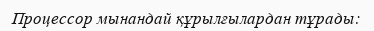
Процессор мынандай құрылғылардан тұрады: